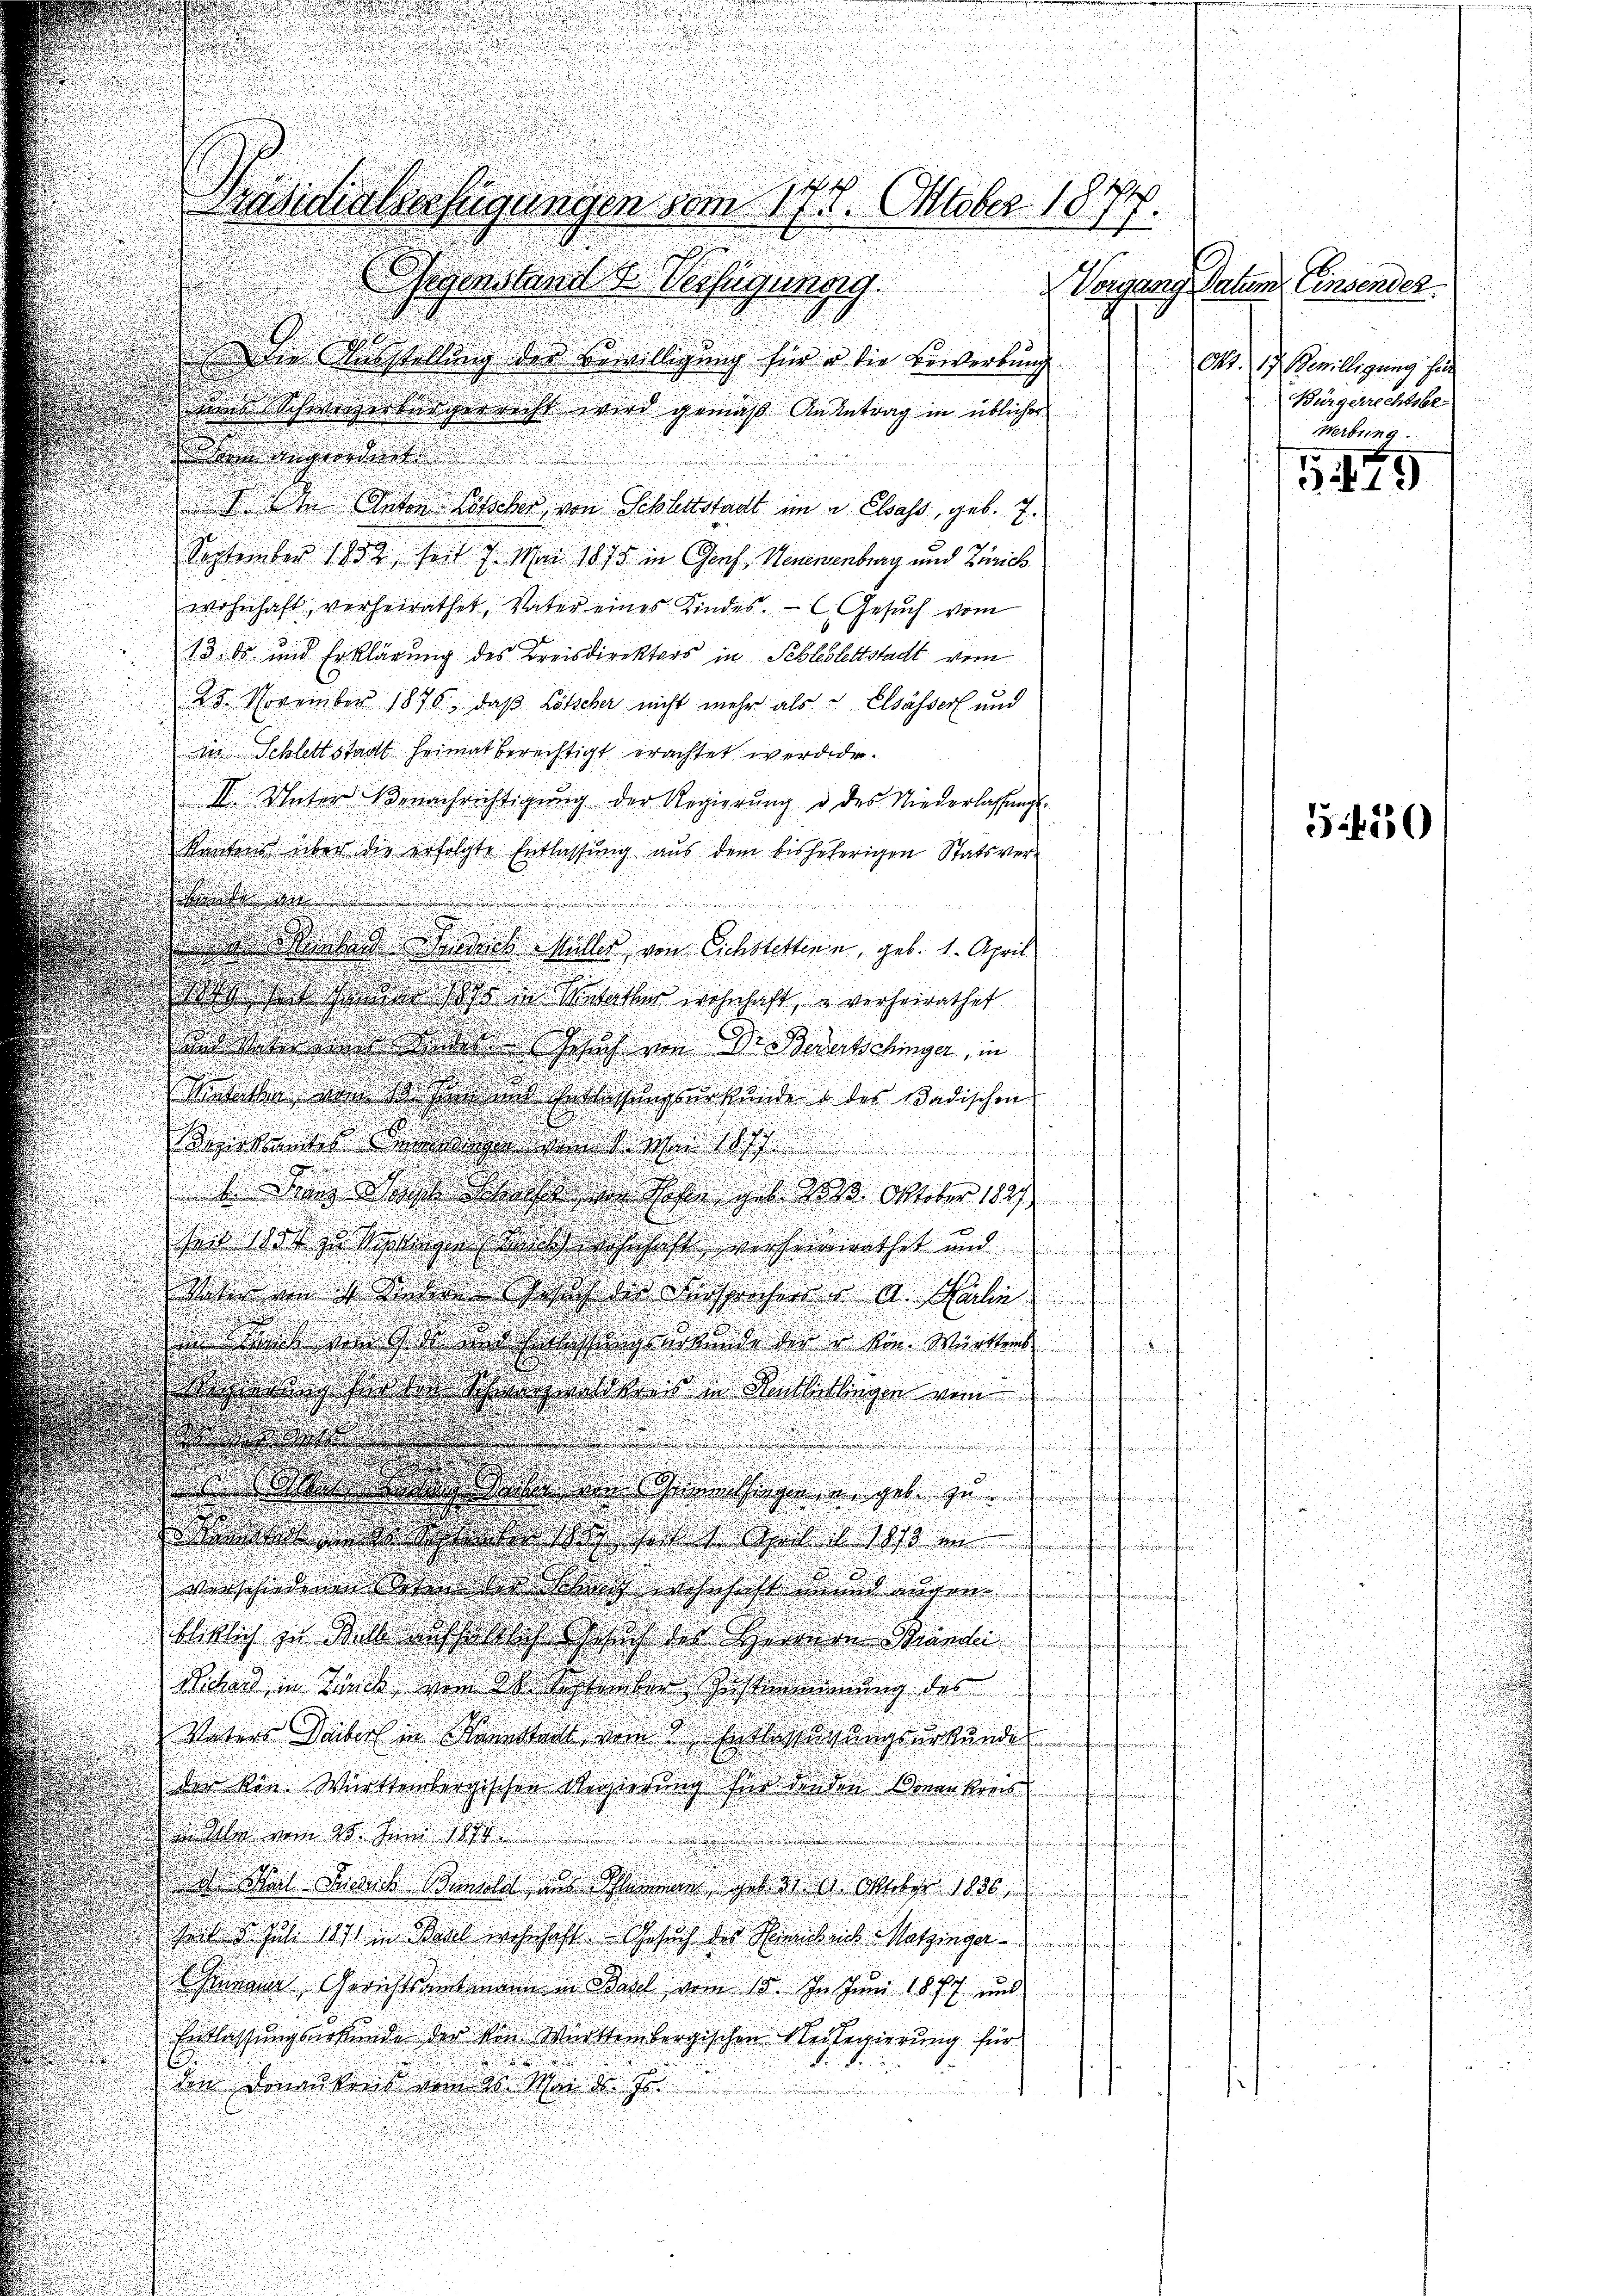
Gegenstand F. Verfügungg.
Ausstellung des Bewilligung für u. die Bewerbung
ns Schweizerbürgerrecht wird gemäß An Antrag in üblicher
 degr

 den Anton Lötscher von Schlettstadt im u. Elsass, geb. J.
September 1882 seit 7. Mai 1875 in Genf, Neuenburg und Zürich
wohnhaft, verheirathet, Vater eines Kindes. — C. Gesuch vom
13. ds und Erklärung des Kreisdirektors in Schleblettstadt vom
23. November 1876, daß Lötscher nicht mehr als Elsässers und
in Schlettstadt Heimat berechtigt erachtet werde.
I. Unter Benachrichtigung der Regierung d. des Niederlassungsa
Kantons über die erfolgte Entlassŭng aŭs dem bisherigen Statsver-
8
saten
d
santen Maniel Müller von Eichstetten, geb. 1. April
  hat dass in Statter wohnhaft, u verheirathet

und daher in des auch am Dr. Bedenkelinger, in
schen nun des etlichungsurkunde der Badischen

iitern dann daran h
een ha
d den sasse des im eher geb. dß. Oktober 1827
seit tot zu Schlage danechschaft anher nacht und
 n 1. Anden Schach der Listercher d. Galie
d
d
.
in mich an die in Behangirung der er die Wirkers
u
.
sogen soeben schen dass Sittlingen von
.
.

d

.
d
.

e
.

e
¬

ahn auch ein Hause des zu
Wawagert mit zu se
verschiedenen Leben ist und ainen
blicklich zu Wallischedlich sich der Herren Bändlei
ut
Bihad in Lands von der aber Zusammerung des

Vaters Deiber in Kannstalt vom 2. Entlastigungsurkunden
den von Württembergischen Regierung für denden Krankreis
 be vom 28. Juni 189
d Weil Deidach Benthal aus Schammen gab der a. Oktober 1886
had d hüte 111 in Baul nachschaft. Gesuch der Bearbeit Notzinge
Cumann Gerichtsamtmann in Wahl vom 15. Juli 1877 und
Entlassungsurkunde der von Württembergischen Meilegierung für
.
i
den Donaukreis vom 20. Mai d. J.
s

u
e
u
Präsidialserstigungen vom 17. Oktober 1874.
.

Vorgang Datum Einsender
Okt. 17. Bewilligung hin
Bürgerrechtsbe-
werbung

1179

550